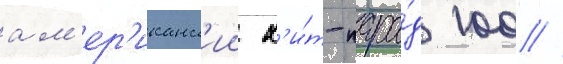
ам'ер'иканск'ии х'и́т-пара́д 100 //